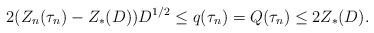
LaTeX: \begin{align*}2(Z_n(\tau_n)-Z_*(D))D^{1/2}\le q(\tau_n)=Q(\tau_n)\le 2Z_*(D).\end{align*}